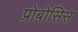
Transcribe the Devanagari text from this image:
प्रोबोसिस